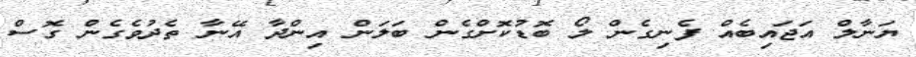
ޔަނާލް އަޖައިބެއް ފެނިގެން ލޯ ބޮޑުކޮށްގެން ބަލަން އިންދާ އޭނާ ތެދުވެގެން ގޮސް